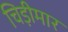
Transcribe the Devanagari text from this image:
चिड़ीमार